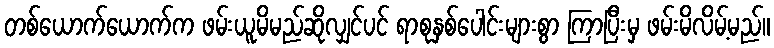
တစ်ယောက်ယောက်က ဖမ်းယူမိမည်ဆိုလျှင်ပင် ရာစုနှစ်ပေါင်းများစွာ ကြာပြီးမှ ဖမ်းမိလိမ့်မည်။